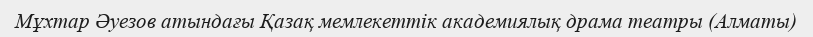
Мұхтар Әуезов атындағы Қазақ мемлекеттік академиялық драма театры (Алматы)